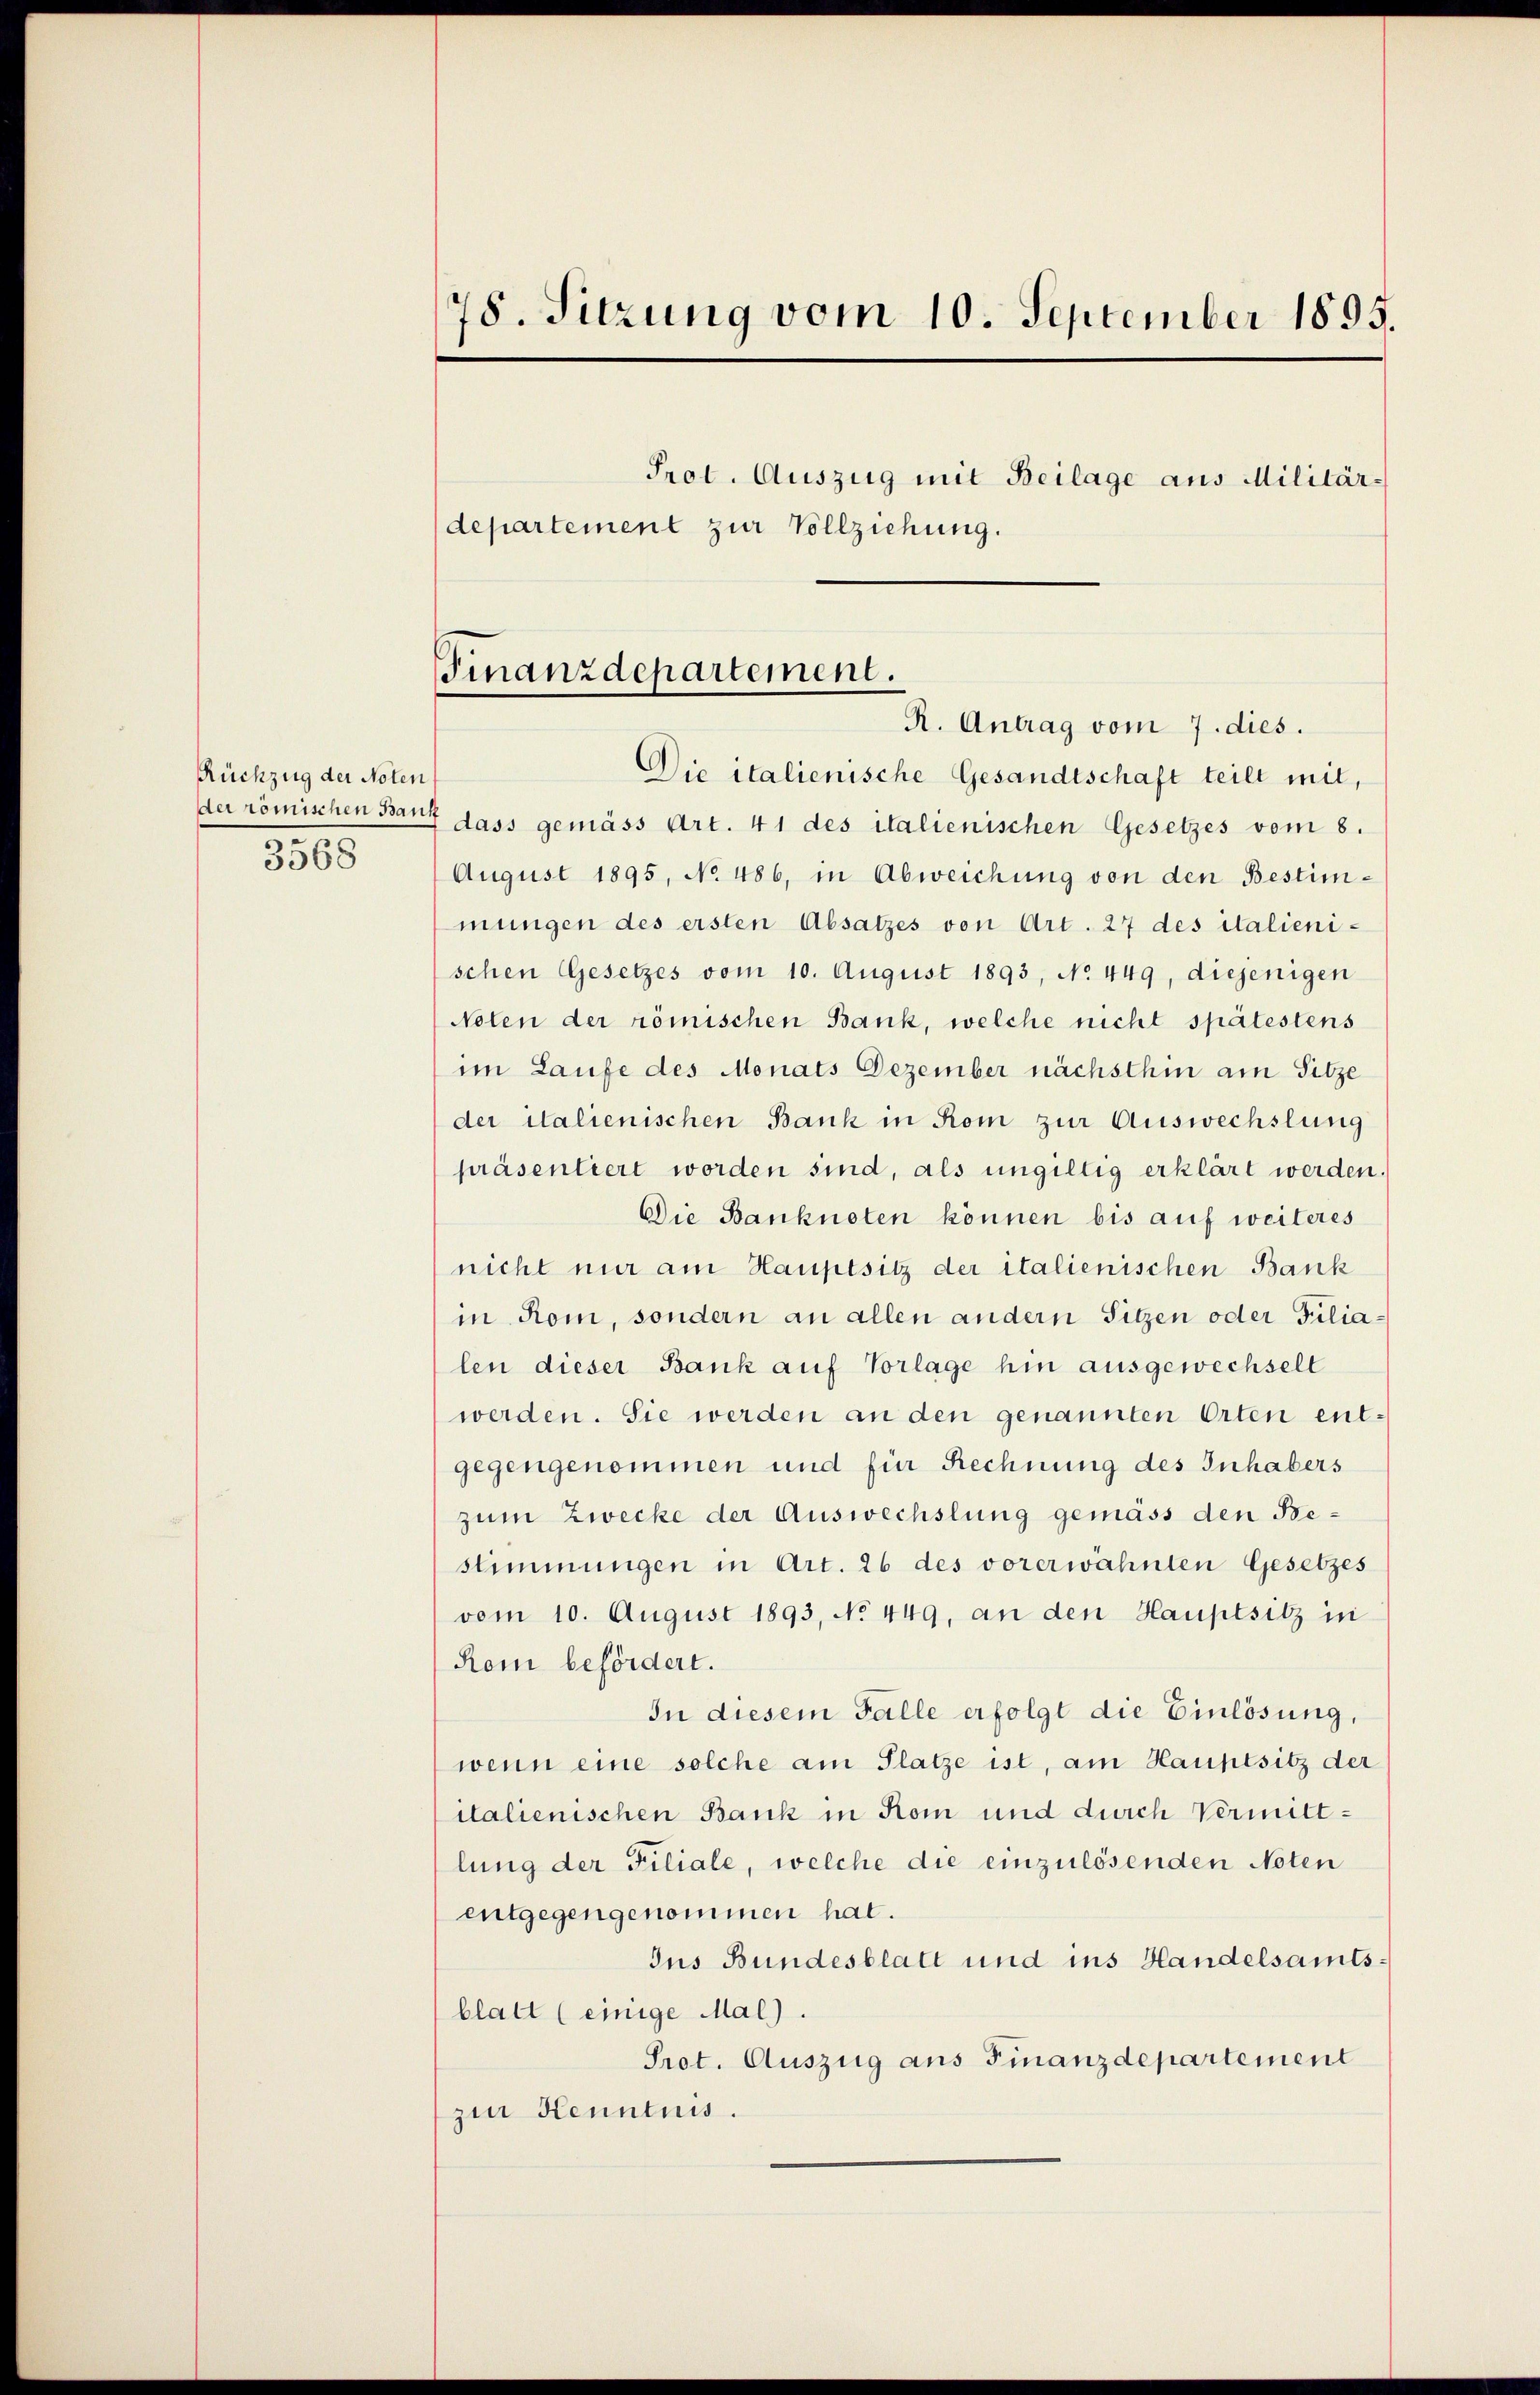
Rückzug der Noten,
3568

78. Sitzung vom 10. September 1895.
Prot. Auszug mit Beilage aus Militär-
departement zur Vollziehung.

Finanzdepartement.

R. Antrag vom 7. dies.
Die italienische Gesandtschaft teilt mit,
der römischen Bank dass gemäss Art. 41 des italienischen Gesetzes vom 8.
August 1895, No 486, in Abweichung von den Bestimmungen des ersten Absatzes von Art. 27 des italienischen Gesetzes vom 10. August 1893, No 449, diejenigen
Nolen der römischen Bank, welche nicht spätestens
im Laufe des Monats Dezember nächsthin am Sitze
der italienischen Bank in Rom zur Auswechslung
präsentiert worden sind, als ungültig erklärt werden.
Die Banknoten können bis auf weiteres
nicht nur am Hauptsitz der italienischen Bank
in Rom, sondern an allen andern Sitzen oder Filialen dieser Bank auf Vorlage hin ausgewechselt
werden. Sie werden an den genannten Orten entgegengenommen und für Rechnung des Inhabers
zum Zwecke der Auswechslung gemäss den Bestimmungen in Art. 26 des vorerwähnten Gesetzes
vom 10. August 1893, No 449, an den Hauptsitz in
Rom befördert.
In diesem Falle erfolgt die Einlösung,
wenn eine solche am Platze ist, am Hauptsitz der
italienischen Bank in Rom und durch Vermittlung der Filiale, welche die einzulösenden Noten
entgegengenommen hat.
Jus Bundesblatt und ins Handelsamtsblatt (einige Mal).
Prot. Auszug aus Finanzdepartement
zur Kenntnis.